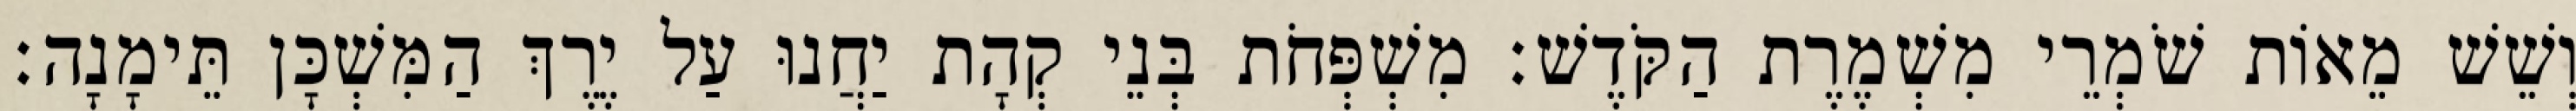
וְשֵׁשׁ מֵאוֹת שֹׁמְרֵי מִשְׁמֶרֶת הַקֹּדֶשׁ׃ מִשְׁפְּחֹת בְּנֵי קְהָת יַחֲנוּ עַל יֶרֶךְ הַמִּשְׁכָּן תֵּימָנָה׃